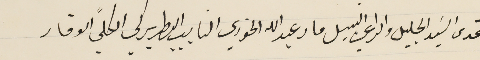
قدس السَيد الجليل والراعي النبيل مار عبدالله الخوري النايب البطريركي الكلي الوقار